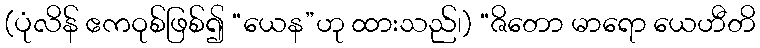
(ပုံလိန် ဧကဝုစ်ဖြစ်၍ “ယေန”ဟု ထားသည်၊) “ဇိတော မာရော ယေဟီတိ